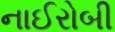
નાઈરોબી